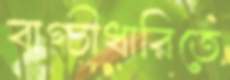
বাগ্চীধারিতে